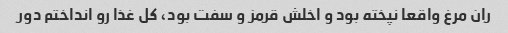
ران مرغ واقعا نپخته بود و اخلش قرمز و سفت بود، کل غذا رو انداختم دور